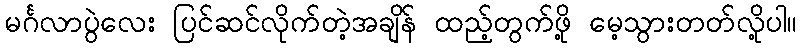
မင်္ဂလာပွဲလေး ပြင်ဆင်လိုက်တဲ့အချိန် ထည့်တွက်ဖို့ မေ့သွားတတ်လို့ပါ။